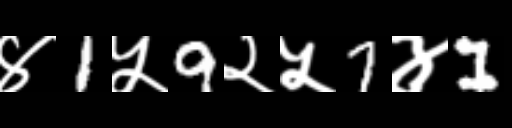
Text: ४1५9२५7४1